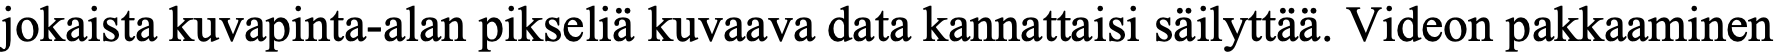
jokaista kuvapinta-alan pikseliä kuvaava data kannattaisi säilyttää. Videon pakkaaminen